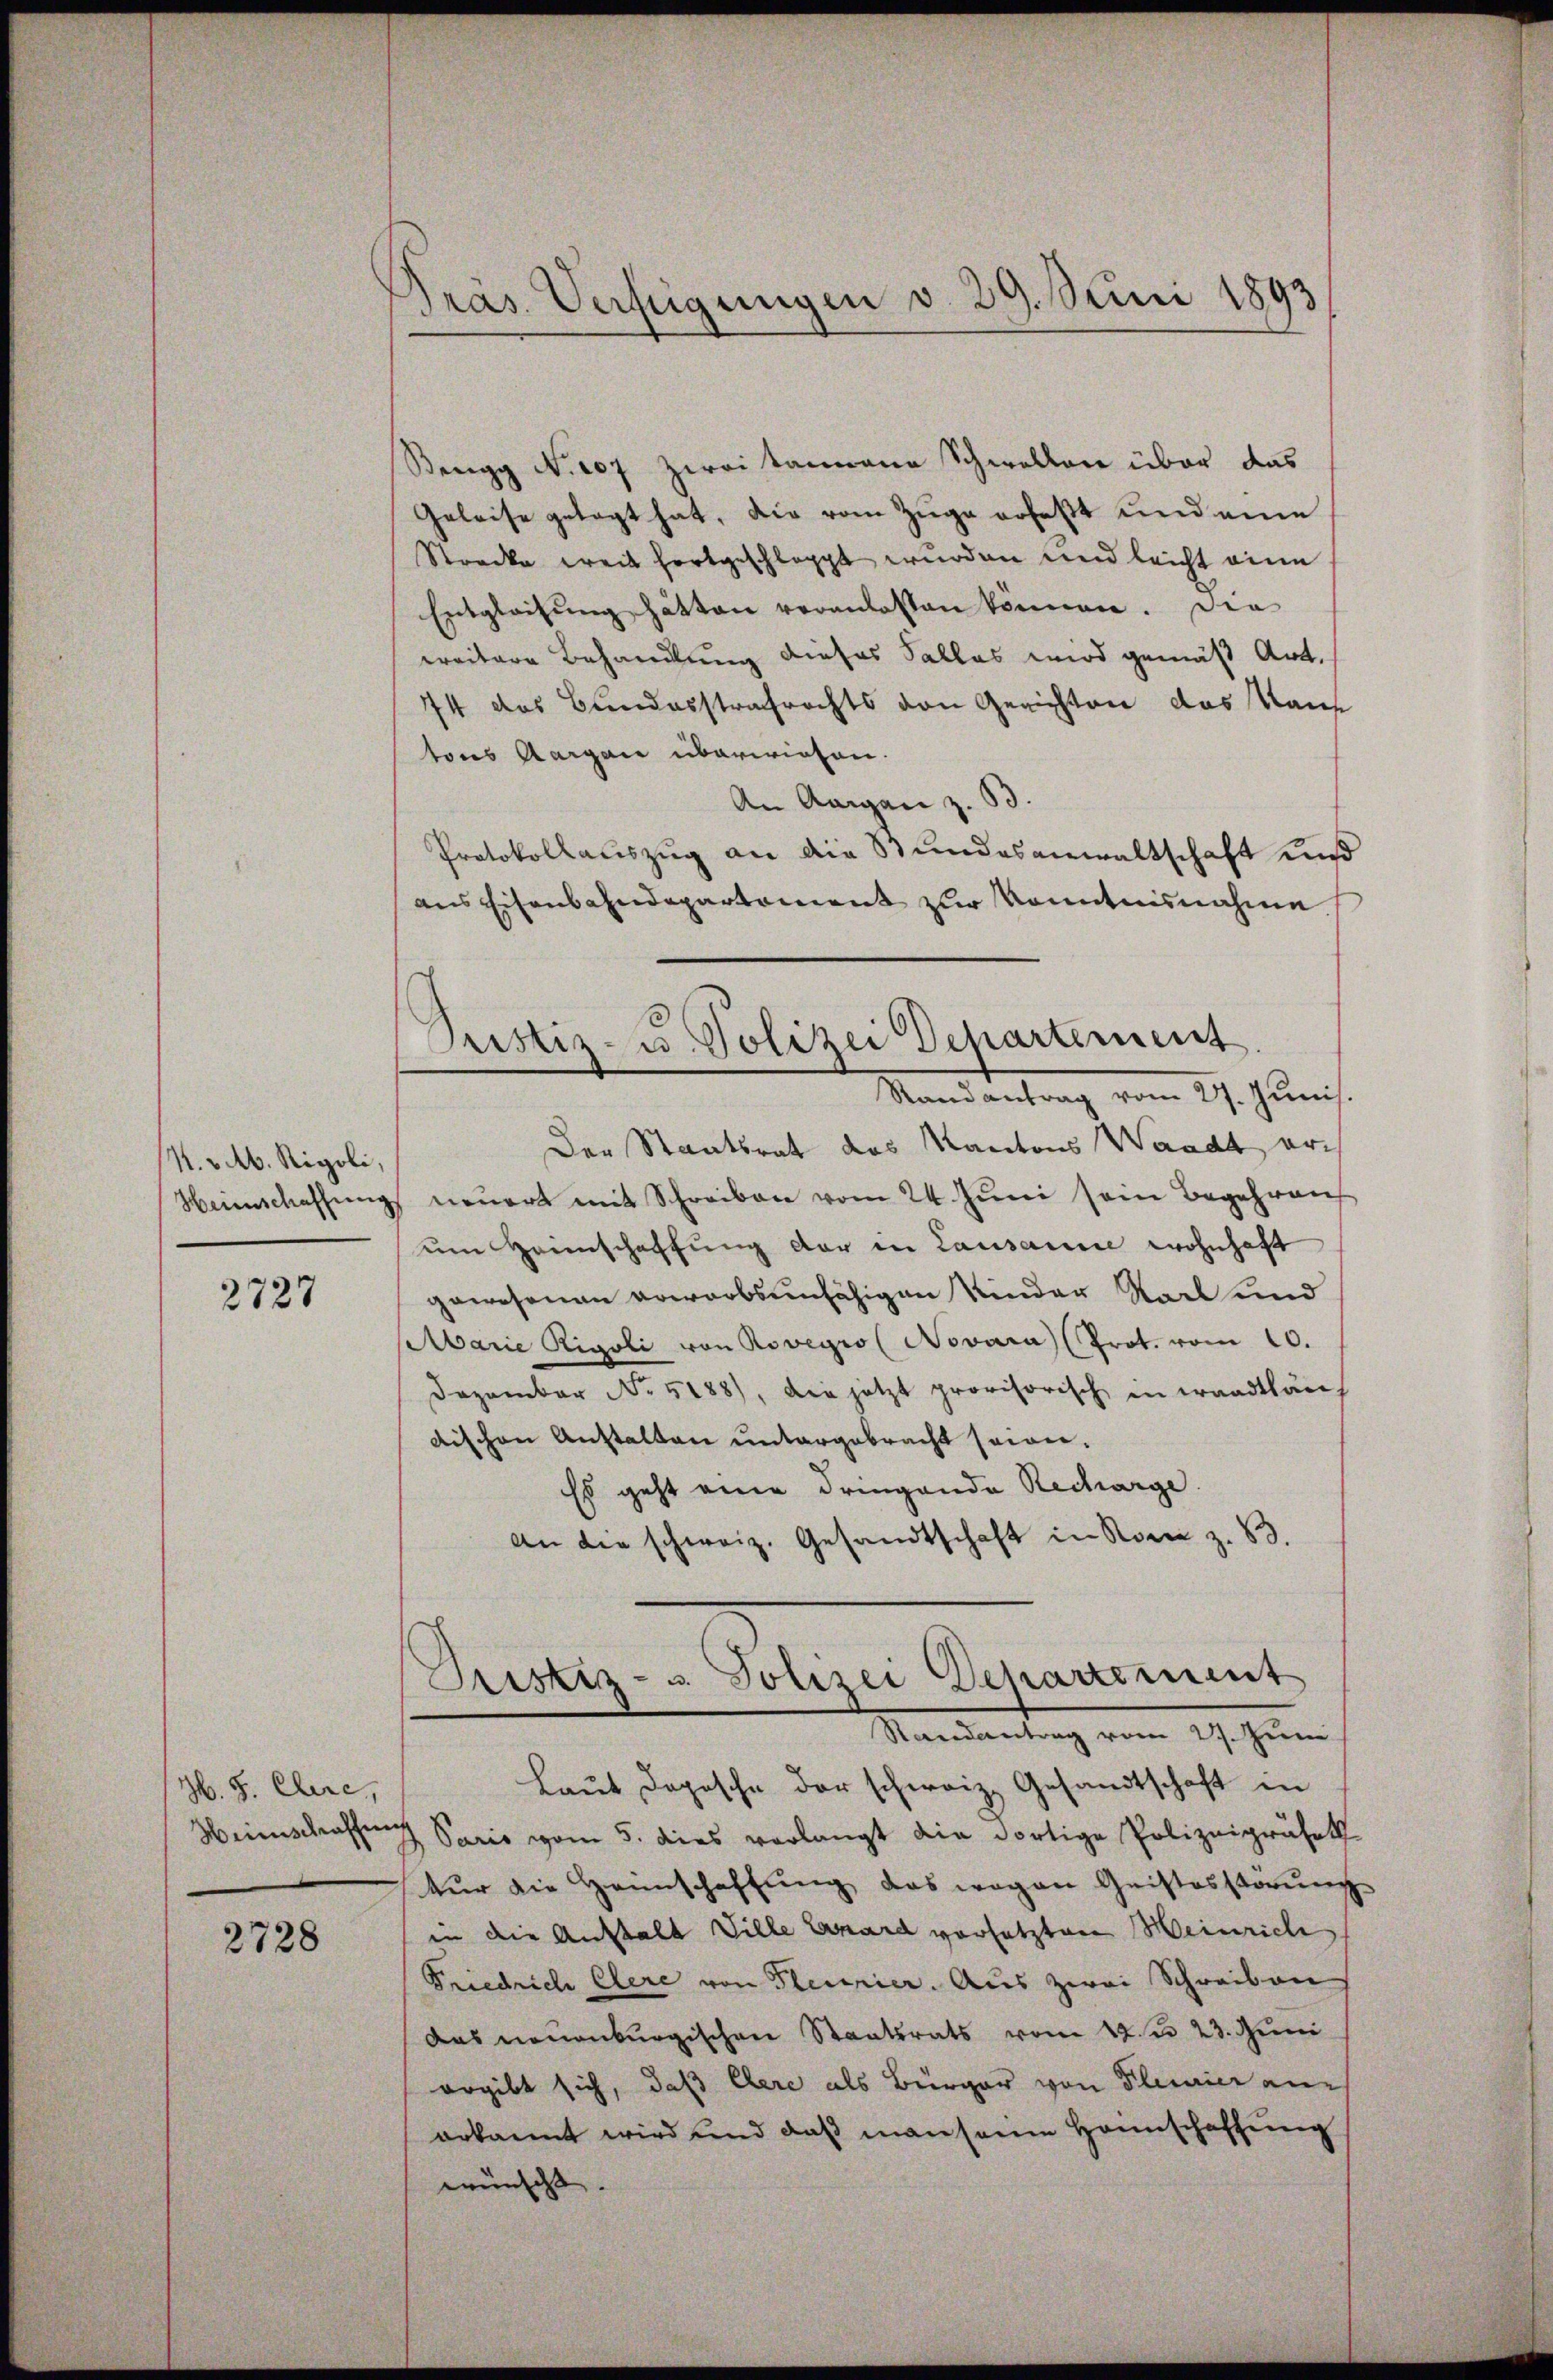
1. v. M. Rigoli,

2727

Z. G. Claire,

2728

Präs. Verfügungen v. 29. Juni 1893

Beugg No. 207 Zweikammena Schwellen über das
Geleise gelegt hat, die vom Zuge erfaßt und eine
Strecke weit fortgeschlappt wurden und leicht eine
Entgleitung hätten veranlassen können. Die
ereitere Behandlung dieses Salles wird gemäß Art.
74 das Bundesstrafrechts von Gerichten das Kauf
tons Aargau überwiesen.
An Aargau z. B.
Protokollauszug an die Stundesanwaltschaft und
aus Eisenbahndepartement zur Kenntnisnahme
Stand antrag vom 27. Junis.
Der Staatsrat das Kantons Waadt er¬
Weinschaffŭng neŭert mit Schreiben vom 24. Juni sein Begehren
um Heimschaffung der in Lausanne wohnhaft
gewesenen erwerbsunfähigen Kinder Staat und
Abarie Rigoli von Rovegro ( Novara (Prot. vom 10.
Dezember No. 5188), die jetzt provisorisch in waadtlän
dischen Anstalten untergebracht seien.
Es geht eine dringende Recharge.
An die schweiz. Gesandtschaft in Rom z. B.
Justiz- u. Polizei Departement
Randantrag vom 21. Juni
Laut Depesche der schweiz. Gesandtschaft in
Weinschaffung Paris vom 5. dies verlangt die dortige Polizeipräset
tŭr die Heimschaffŭng das wegen Geistesstörŭng
in die Anstalt Ville Ernard vorsetzten Weinrich
Friedrich Clere von Pleurier. Aus zwei Schreiben
das neuenburgischen Staatsrats vom 12. es 23. Juni
ergibt sich, daß Elere als Bürger von Pleier an
erkannt wird und daß mansame Hannschaffung
wünscht.

Prustiz- u. Polizei Departement